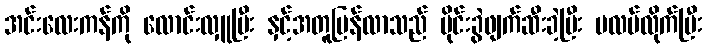
အင်းလေးကန်ကို လောင်းလှူပြီး နှင့်အတူပြန်လာသည် မိုင်းခွဲဖျက်ဆီးခဲ့ပြီး ပလပ်လိုက်ပြီး